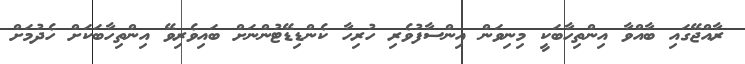
ރާއްޖޭގައި ބާއްވާ އިންތިހާބަކީ މިނިވަން އިންސާފުވެރި ހުރިހާ ކެންޑިޑޭޓުންނަށް ބައިވެރިވޭ އިންތިހާބަކަށް ހެދުމަށް